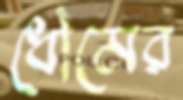
ধৌমের